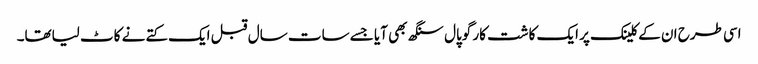
اسی طرح ان کے کلینک پر ایک کاشت کار گوپال سنگھ بھی آیا جسے سات سال قبل ایک کتے نے کاٹ لیاتھا۔